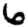
Digit: 6